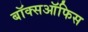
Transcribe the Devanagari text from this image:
बॉक्सऑफिस